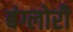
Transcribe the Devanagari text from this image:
बंग्लोरी